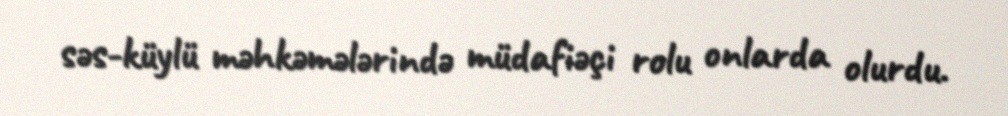
səs-küylü məhkəmələrində müdafiəçi rolu onlarda olurdu.